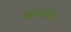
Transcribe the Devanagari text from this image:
चढाईवर